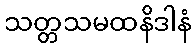
သတ္တသမထနိဒါနံ